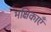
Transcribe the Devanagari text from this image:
मक्षिकाएँ